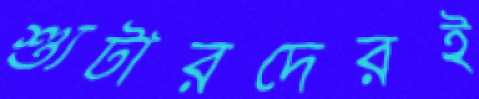
শ্যুটারদেরই